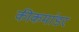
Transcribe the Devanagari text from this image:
कीकमांडर